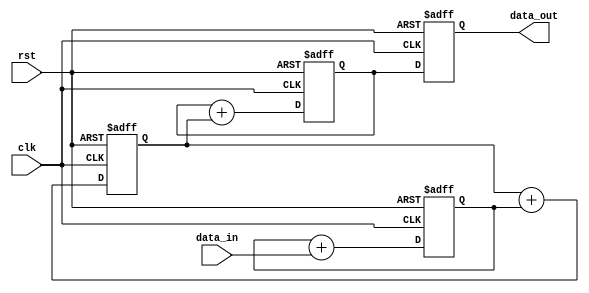
module cascaded_accumulator (
    input wire clk,       // Clock input
    input wire rst,       // Reset input
    input wire [15:0] data_in,  // Input data
    output reg [15:0] data_out  // Output data
);

reg [15:0] reg_1, reg_2, reg_3;  // Internal registers

always @(posedge clk or posedge rst) begin
    if (rst) begin
        reg_1 <= 16'd0;
        reg_2 <= 16'd0;
        reg_3 <= 16'd0;
        
        data_out <= 16'd0;
    end else begin
        reg_1 <= reg_1 + data_in;
        reg_2 <= reg_2 + reg_1;
        reg_3 <= reg_3 + reg_2;
        
        data_out <= reg_3;
    end
end

endmodule